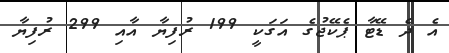
އެ ދެ ޑޭޓާ ޕެކޭޖުގެ އަގަކީ 199 ރުފިޔާ އާއި 299 ރުފިޔާ